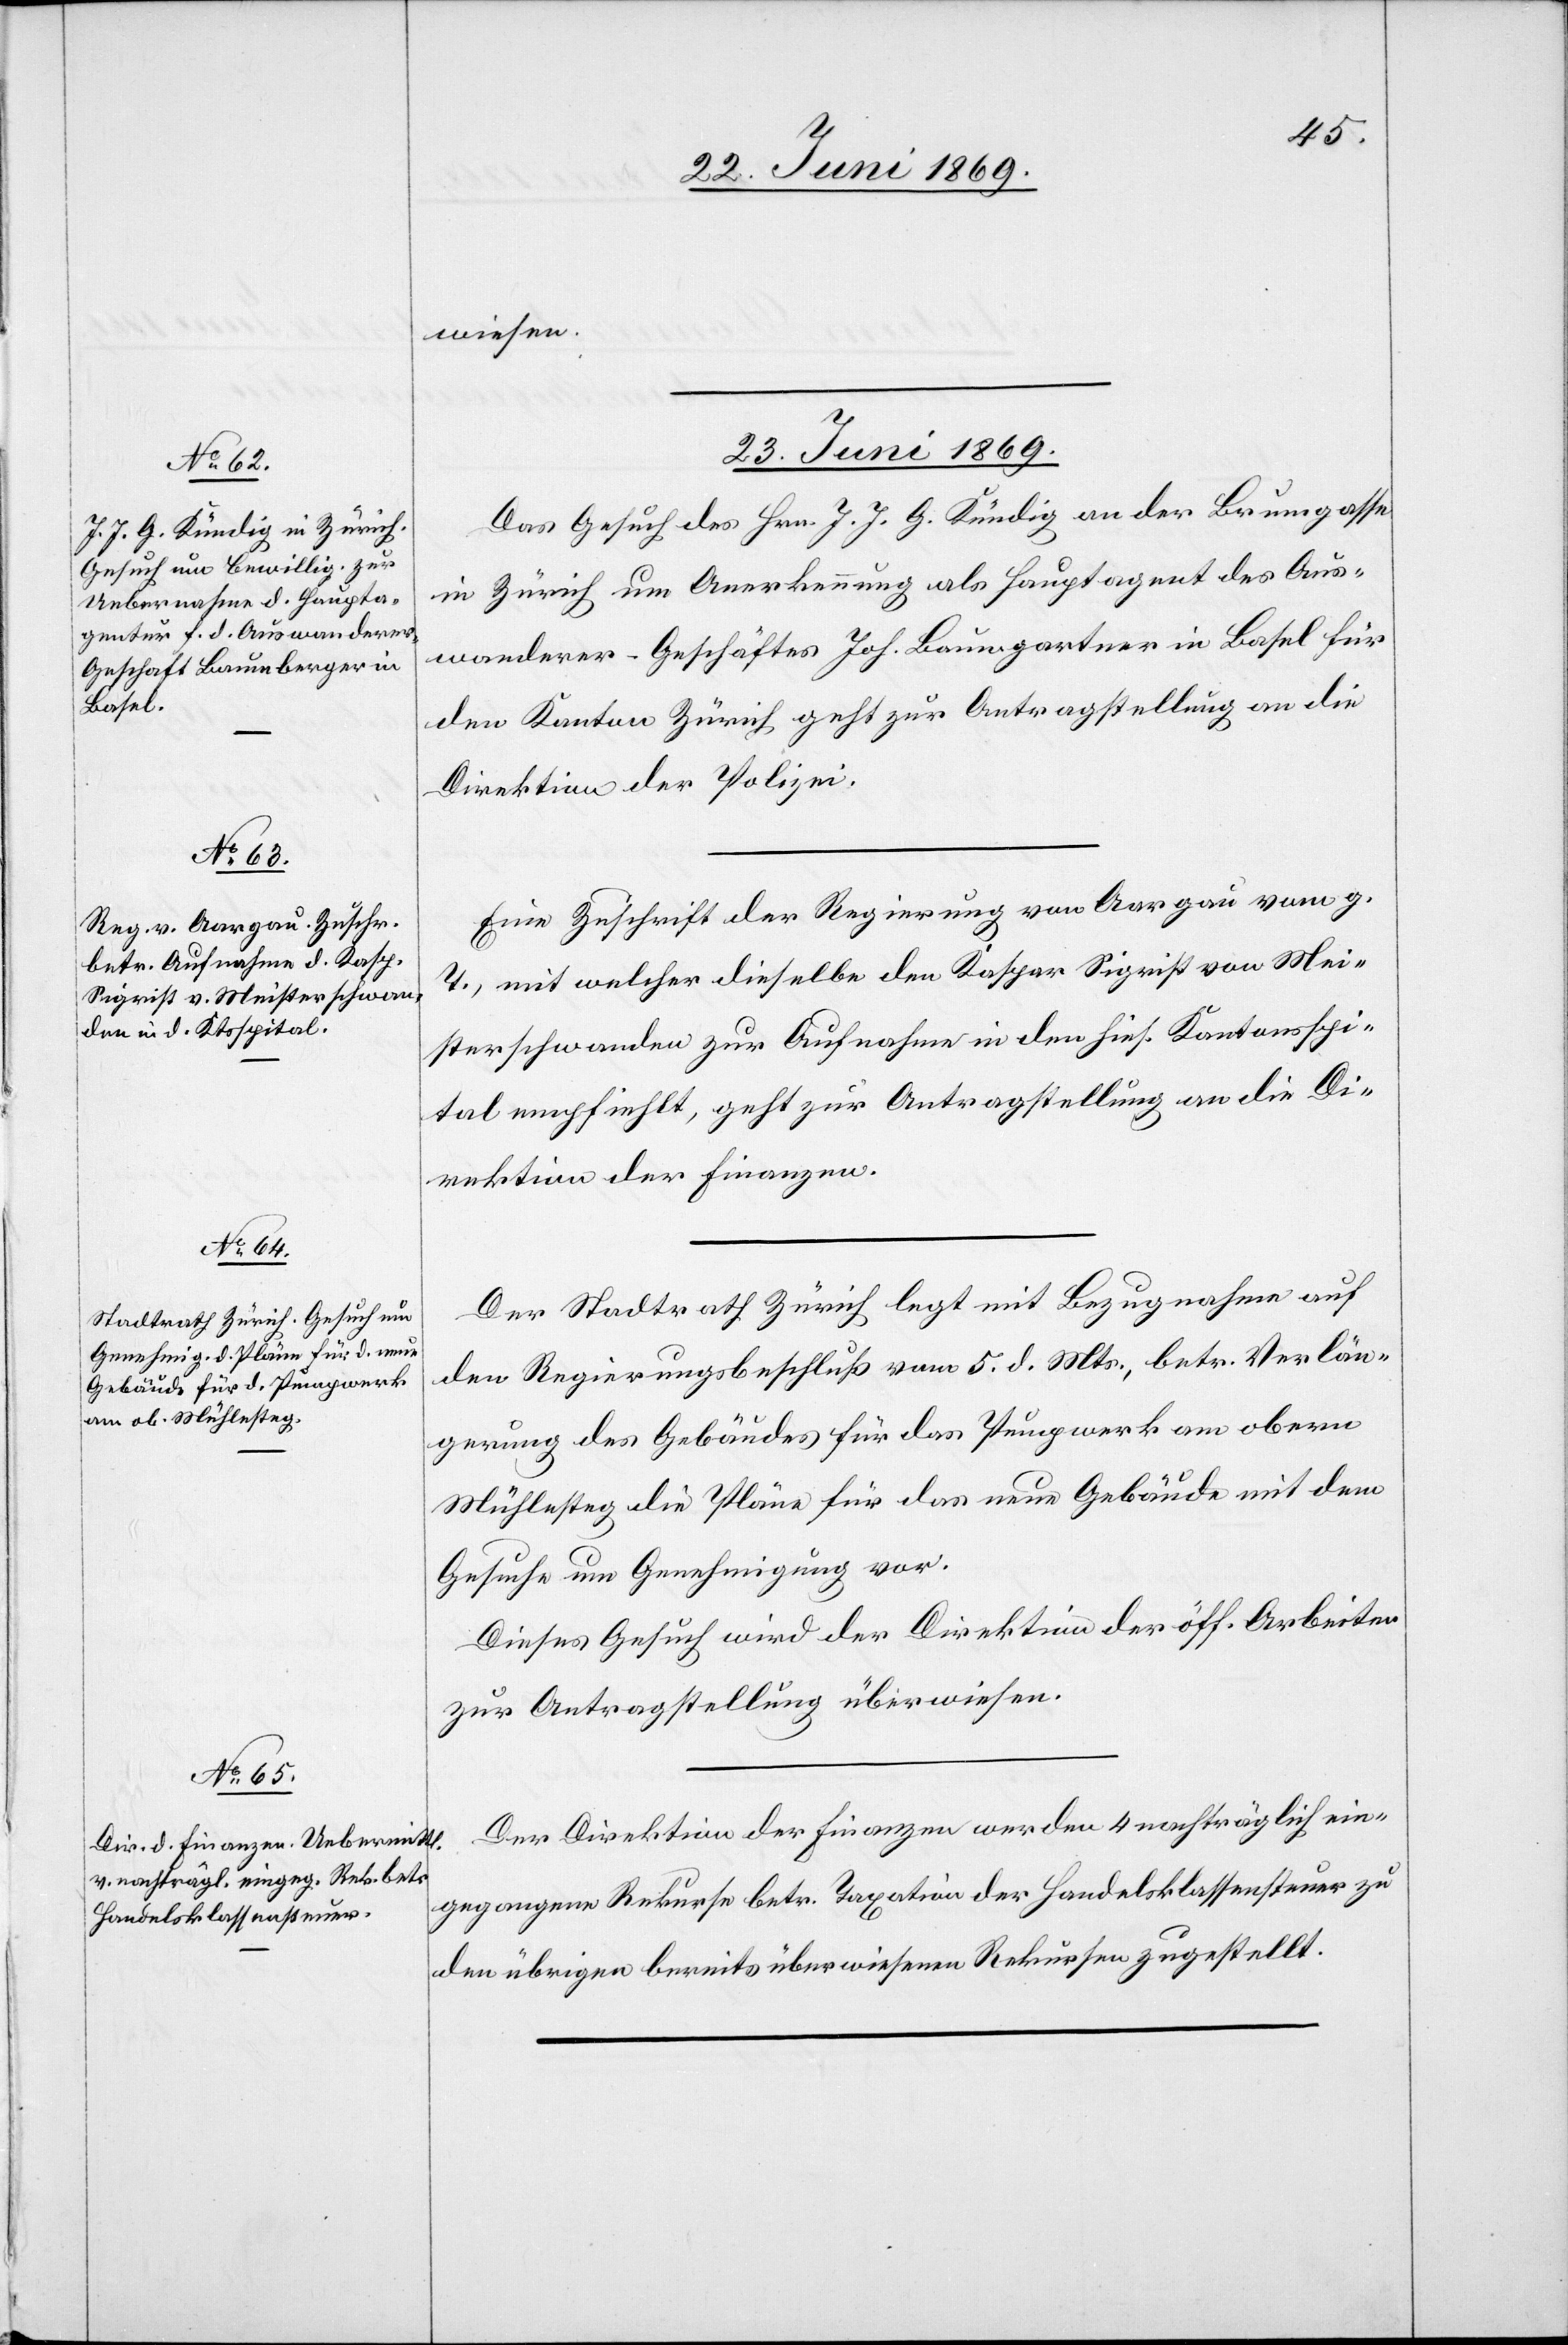
23. Juni 1869.]
wiesen.
23. Juni 1869.
Das Gesuch des Hrn. J. J. G. Kündig an der Brunngasse
in Zürich um Anerkennung als Hauptagent des Aus¬
wanderer-Geschäftes Joh. Baumgartner in Basel für
den Kanton Zürich geht zur Antragstellung an die
Direktion der Polizei.
Eine Zuschrift der Regierung von Aargau vom g.
T., mit welcher dieselbe den Kaspar Sigrist von Mei¬
sterschwanden zur Aufnahme in den hies. Kantonsspi¬
tal empfiehlt, geht zur Antragstellung an die Di¬
rektion der Finanzen.
Der Stadtrath Zürich legt mit Bezugnahme auf
den Regierungsbeschluß vom 5. d. Mts., betr. Verlän¬
gerung des Gebäudes für das Pumpwerk am obern
Mühlesteg die Pläne für das neue Gebäude mit dem
Gesuche um Genehmigung vor.
Dieses Gesuch wird der Direktion der öff. Arbeiten
zur Antragstellung überwiesen.
Der Direktion der Finanzen werden 4 nachträglich ein¬
gegangene Rekurse betr. Taxation der Handelsklassensteuer zu
den übrigen bereits überwiesenen Rekursen zugestellt.